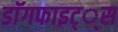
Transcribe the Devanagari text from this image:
डाॅगफाइट््स